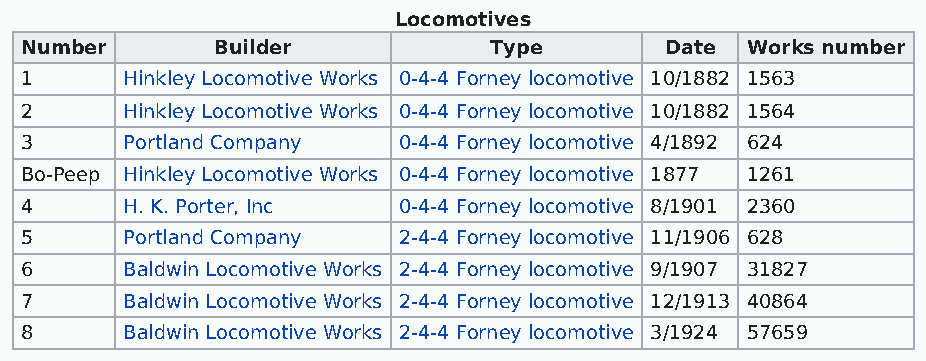
Locomotives
 Number       Builder           Type        Date Works number
 1      Hinkley Locomotive Works 0-4-4 Forney locomotive 10/1882 1563
 2      Hinkley Locomotive Works 0-4-4 Forney locomotive 10/1882 1564
 3      Portland Company  0-4-4 Forney locomotive 4/1892 624
 Bo-Peep Hinkley Locomotive Works 0-4-4 Forney locomotive 1877 1261
 4      H. K. Porter, Inc 0-4-4 Forney locomotive 8/1901 2360
 5      Portland Company  2-4-4 Forney locomotive 11/1906 628
 6      Baldwin Locomotive Works 2-4-4 Forney locomotive 9/1907 31827
 7      Baldwin Locomotive Works 2-4-4 Forney locomotive 12/1913 40864
 8      Baldwin Locomotive Works 2-4-4 Forney locomotive 3/1924 57659